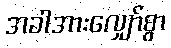
အခါအားလျှော်စွာ